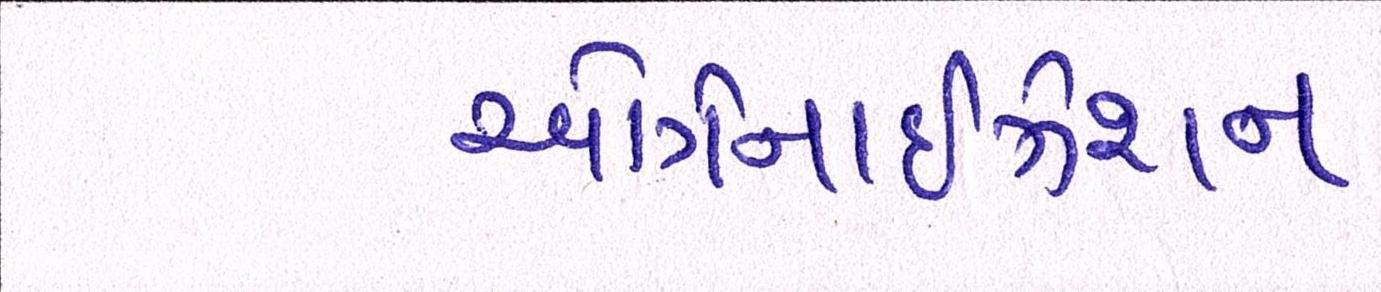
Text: ઓર્ગેનાઈઝેશન